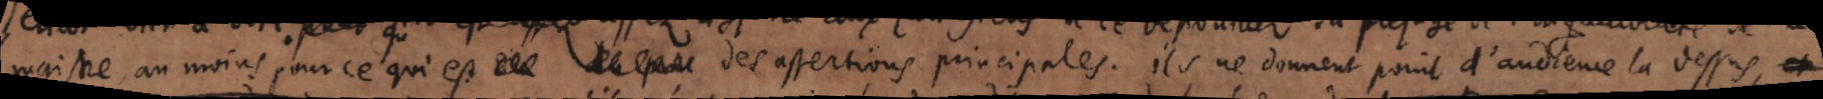
maistre, au moins pour ce qui est des assertions principales. Ils ne donnent point d’audience la dessus,